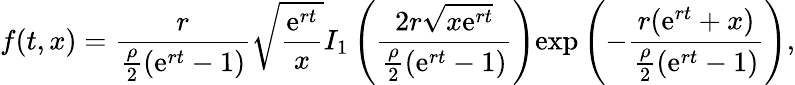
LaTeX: f(t,x)=\frac{r}{\frac{\rho}{2}({\mathrm{e}}^{rt}-1)}\sqrt{\frac{{\mathrm{e}}^{rt}}{x}}I_{1}\left(\frac{2r\sqrt{x{\mathrm{e}}^{rt}}}{\frac{\rho}{2}({\mathrm{e}}^{rt}-1)}\right){\mathrm{exp}}\left(-\frac{r({\mathrm{e}}^{rt}+x)}{\frac{\rho}{2}({\mathrm{e}}^{rt}-1)}\right),